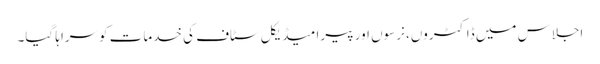
اجلاس میں ڈاکٹروں، نرسوں اور پیرا میڈیکل سٹاف کی خدمات کوسراہا گیا۔